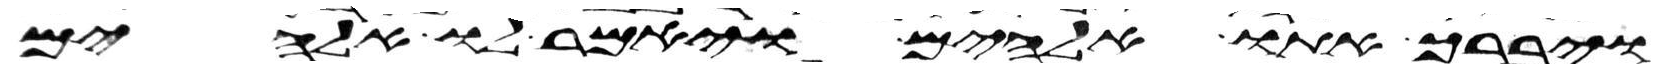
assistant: ויברך אתו אלהים ויאמר לו אלהים